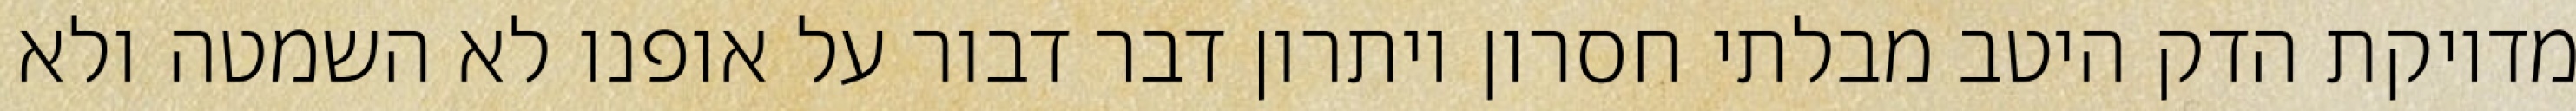
מדויקת הדק היטב מבלתי חסרון ויתרון דבר דבור על אופנו לא השמטה ולא